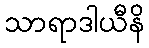
သာရာဒါယီနိ